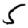
Digit: 5